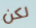
لكن